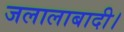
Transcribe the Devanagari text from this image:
जलालाबादी।